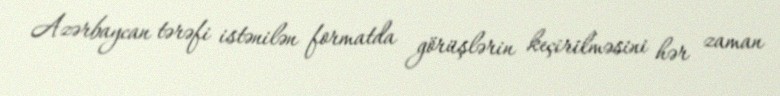
Azərbaycan tərəfi istənilən formatda görüşlərin keçirilməsini hər zaman